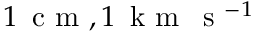
1 \, \mathrm { ~ c ~ m ~ } , 1 \, \mathrm { ~ k ~ m ~ } \, \mathrm { ~ s ~ } ^ { - 1 }